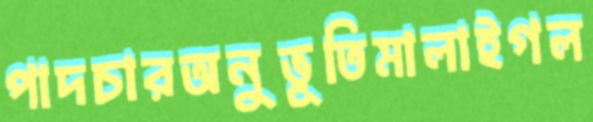
পাদচারঅনুভূতিমালাইগল